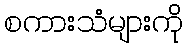
စကားသံများကို